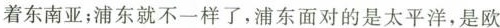
着东南亚；浦东就不一样了，浦东面对的是太平洋，是欧